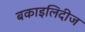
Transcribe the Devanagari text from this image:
बकाइलिदीज